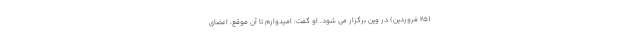
(25 فروردین) در وین برگزار می شود. او گفت: امیدوارم تا آن موقع، اعضای